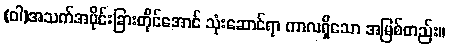
(ဝါ)အသက်အပိုင်းခြားတိုင်အောင် သုံးဆောင်ရာ ကာလရှိသော အမြစ်တည်း။